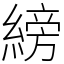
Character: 縍